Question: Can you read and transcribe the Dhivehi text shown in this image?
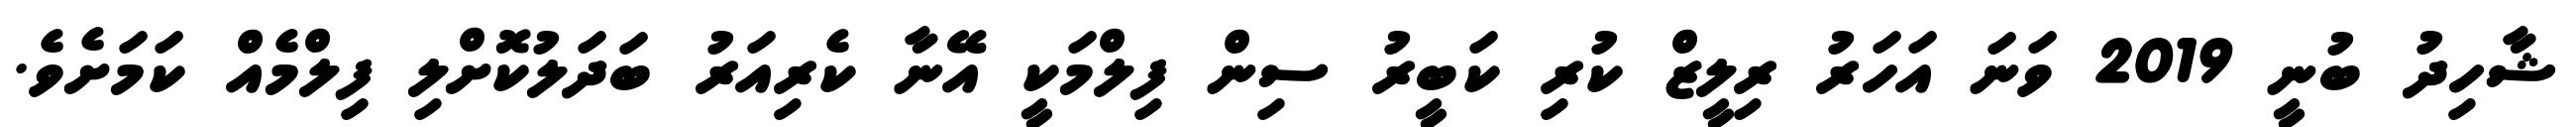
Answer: ޝާހިދު ބުނީ 2019 ވަނަ އަހަރު ރިލީޒް ކުރި ކަބީރު ސިން ފިލްމަކީ އޭނާ ކެރިއަރު ބަދަލުކޮށްލި ފިލްމެއް ކަމަށެވެ.